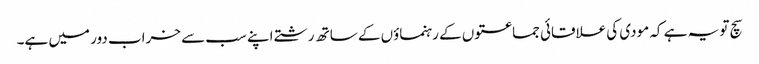
سچ تو یہ ہے کہ مودی کی علاقائی جماعتوں کے رہنماؤں کے ساتھ رشتے اپنے سب سے خراب دور میں ہے۔